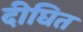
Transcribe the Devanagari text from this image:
दीघित